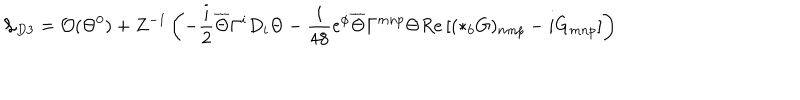
{ \mathcal L } _ { D 3 } = { \cal O } ( \Theta ^ { 0 } ) + Z ^ { - 1 } \left( - \frac { i } { 2 } \overline { { { \Theta } } } \Gamma ^ { i } D _ { i } \Theta - \frac { i } { 4 8 } e ^ { \phi } \overline { { { \Theta } } } \Gamma ^ { m n p } \Theta R e \left[ ( * _ { 6 } G ) _ { m n p } - i G _ { m n p } \right] \right)